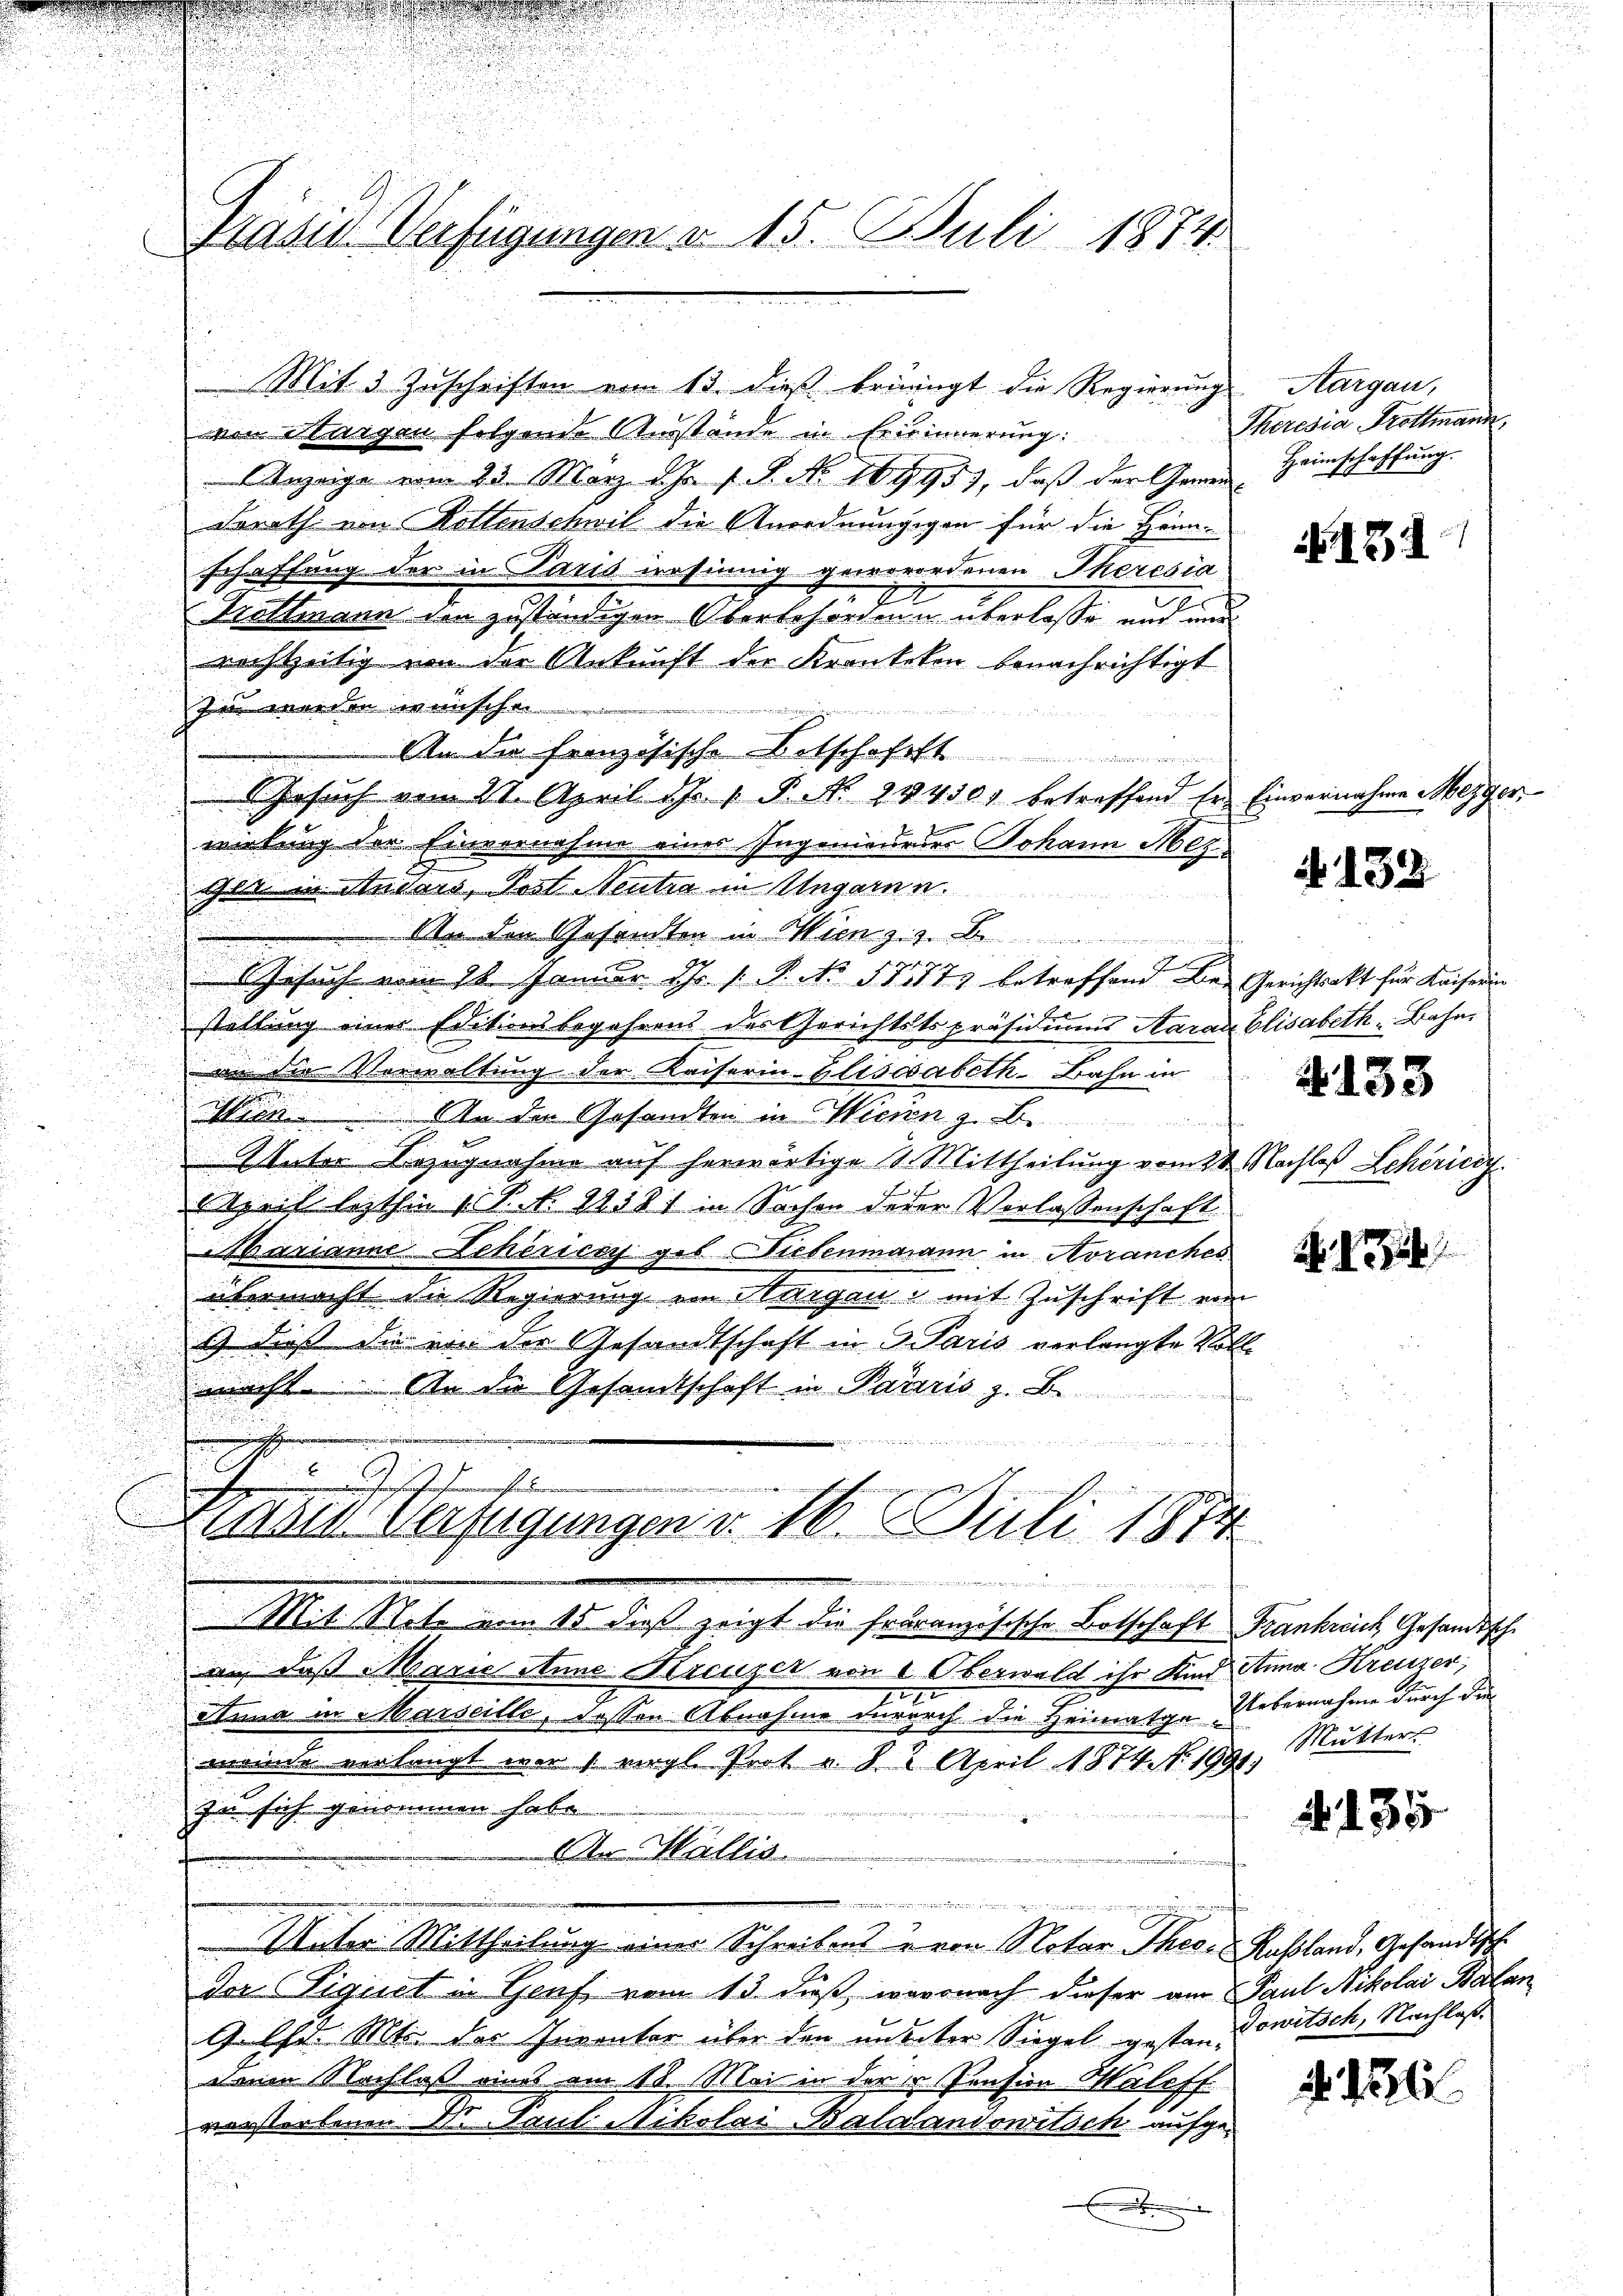
Mit 3 Zuschriften vom 13. dieß bringt die Regierŭng
von Margau folgende Ausstände in Erisinnerung:
Anzeige vom 23. März d. Js. f. S. No 10995), daß der Gemein Heimschaffŭng
derath von Rottenschwil die Anordnungigen für die Hönn-
schaffung der in Paris resinnig geworordenen Theresia
1
e
Trattmann den zuständigen Oberbehörden u überlasse und und
richtzeitig von der Ankunft der Krankeken benachrichtigt
zin werden wünschen
8
An die französische Botschaftst
Gesŭch vom 21. April d. 1. P. Nr. 24430 betreffend Er Einvernahme Mezger,
wirkung der Einvernahme eines Ingenieures Johann Hergit in Anders, Trat Neutra in Ungarnn.
Un den Gesandten in Wien z. z. B.
Gesuch vom 18. Januar Hr. P. No 5777 betreffend Be- Gerichtsakt für Kaiserin
stellung einer Editionsbegehrens des Gerichtstspräsidiums Aarade Elisabeth Bahnan die Verwaltung der Kaiserin-Elisesabeth Bahn in
Min. An der Gesandten in Wicien z. Be¬
Unter Bezugnahme auf herwärtige 2. Mittheilung vom 24. Nachtes Scheric
March lezthin 1 S. S. 1858 in Sachen derer Verlassenschaft.
Marianne Scherisch ges. Niedenmann in Avranches
übermacht die Regierung ein Hargau u. mit Zuschrift vom
1) dieß die von der Gesandtschaft in 3 Paris verlangte Voll-

2
beacht. An die Gesamtschaft in Paris z. B.
u
t
 u Gasth
wurt in den
ahin Verfügungen d. 16. Juli 1874
 Weber
Mit Schale am 18. ders zeigt die Fouranzösische Botschaft Krankreich, Gesandtsch.
an, daß Marie anne Kreuzer von 1. Oberwald ihr Kind Anna Kreuzer,
Suna in Marseille, dessen Abnahme durch die Heimatge Uebernahme durch die
meinde verlangt war 1 vergl. Prot u. 82 April 1874. No. 1991.
zu sich genommen habe
An Wallis.
 elten wir werden diesen den in denken, wenn
Unter Mittheilung einer Schreibens u von Notar There Russland, Gesandtsch.
der Figuet in Genf vom 13. dieß, wovonach dieser am Paul Nikolai Balan
9. Chr. Mts. der Inventar über den unster Siegel gestandenen Nachlaß aus am 18. Mai in der Pension Maleff
versterbenen Dr. Paul Mikolai Baldandowitsch aufge¬

Präsid. Verfügungen d. 15. Juli 1874

Aargau,
Theresia Trottmann,

.

132

N. 132

4133

Mutters

135

dowitsch, Nachlaß.

18